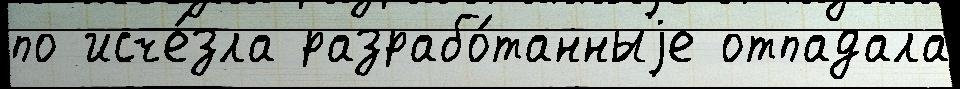
по исче́зла разрабо́танныjе отпадала